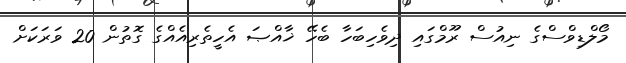
މޯލްޑިވްސްގެ ނިއުސް ރޫމްގައި ދިވެހިބަހާ ބެހޭ ޚާއްޞަ އެހީތެރިއެއްގެ ގޮތުން 20 ވަރަކަށް